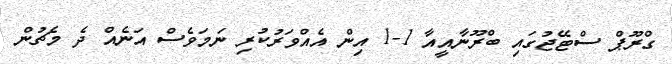
ގްރޫޕް ސްޓޭޖުގައި ބްރޫނާއީއާ 1-1 އިން އެއްވަރުކުރި ނަމަވެސް އަނެއް ދެ މެޗުން